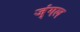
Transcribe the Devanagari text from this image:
ज्ंगल